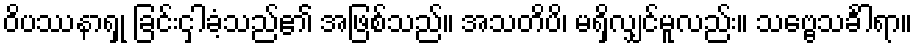
ဝိပဿနာရှု ခြင်းငှါခံ့သည်၏ အဖြစ်သည်။ အသတိပိ၊ မရှိလျှင်မူလည်း။ သဗ္ဗေသင်္ခါရာ။